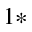
^ { 1 * }